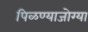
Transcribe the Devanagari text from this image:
पिळण्याजोग्या